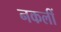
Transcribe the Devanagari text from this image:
नकलीं